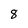
Character: 8